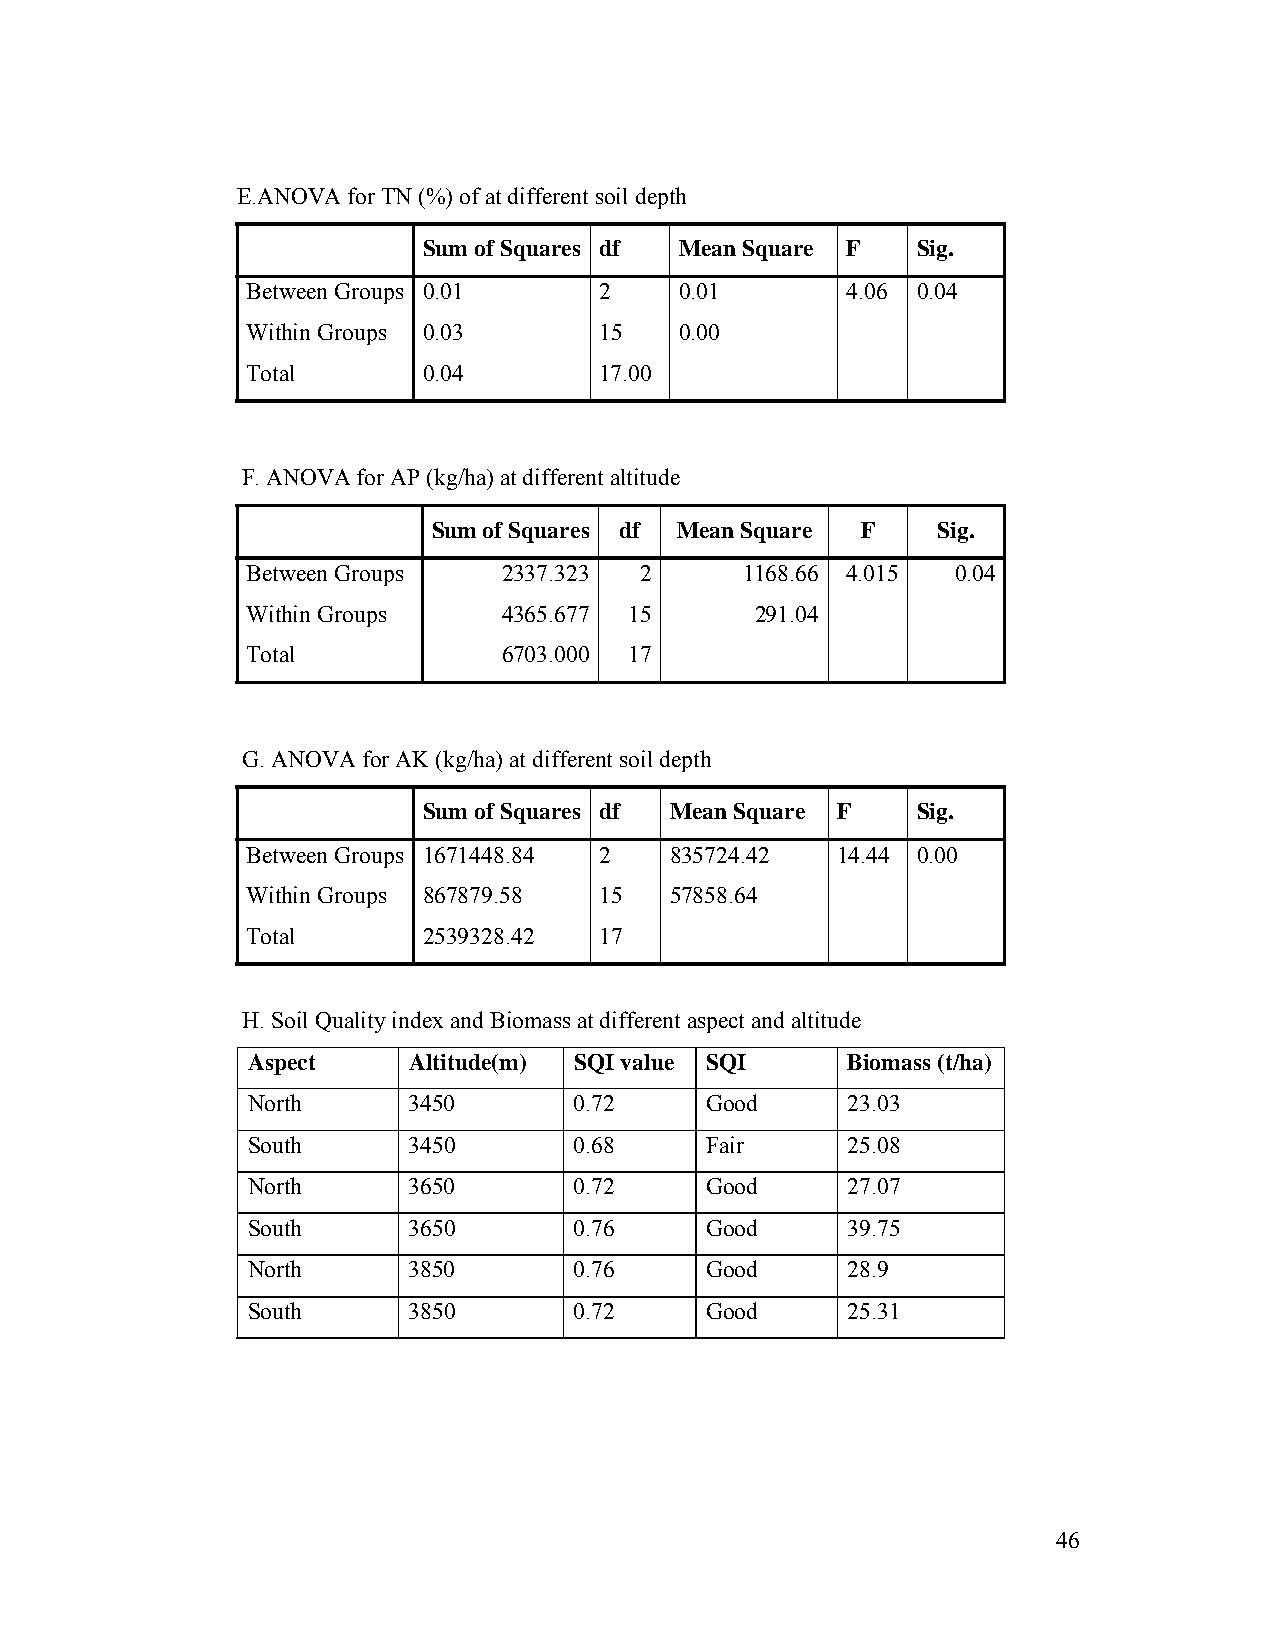
E.ANOVA for TN (%) of at different soil depth
 Sum of Squares df Mean Square F  Sig.
 Between Groups 0.01     2    0.01       4.06 0.04
 Within Groups 0.03      15   0.00
 Total       0.04        17.00
 F. ANOVA for AP (kg/ha) at different altitude
 Sum of Squares df Mean Square F  Sig.
 Between Groups   2337.323 2      1168.66 4.015 0.04
 Within Groups    4365.677 15      291.04
 Total            6703.000 17
 G. ANOVA for AK (kg/ha) at different soil depth
 Sum of Squares df Mean Square F  Sig.
 Between Groups 1671448.84 2 835724.42  14.44 0.00
 Within Groups 867879.58 15  57858.64
 Total       2539328.42  17
 H. Soil Quality index and Biomass at different aspect and altitude
 Aspect     Altitude(m) SQI value SQI    Biomass (t/ha)
 North      3450       0.72     Good     23.03
 South      3450       0.68     Fair     25.08
 North      3650       0.72     Good     27.07
 South      3650       0.76     Good     39.75
 North      3850       0.76     Good     28.9
 South      3850       0.72     Good     25.31
 46